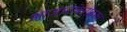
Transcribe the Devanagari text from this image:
आजारांबरोबरच